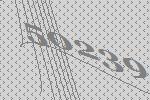
50239